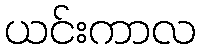
ယင်းကာလ